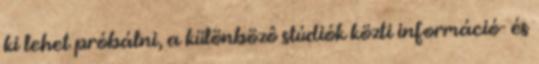
ki lehet próbálni, a különbözô stúdiók közti információ- és